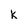
Character: k